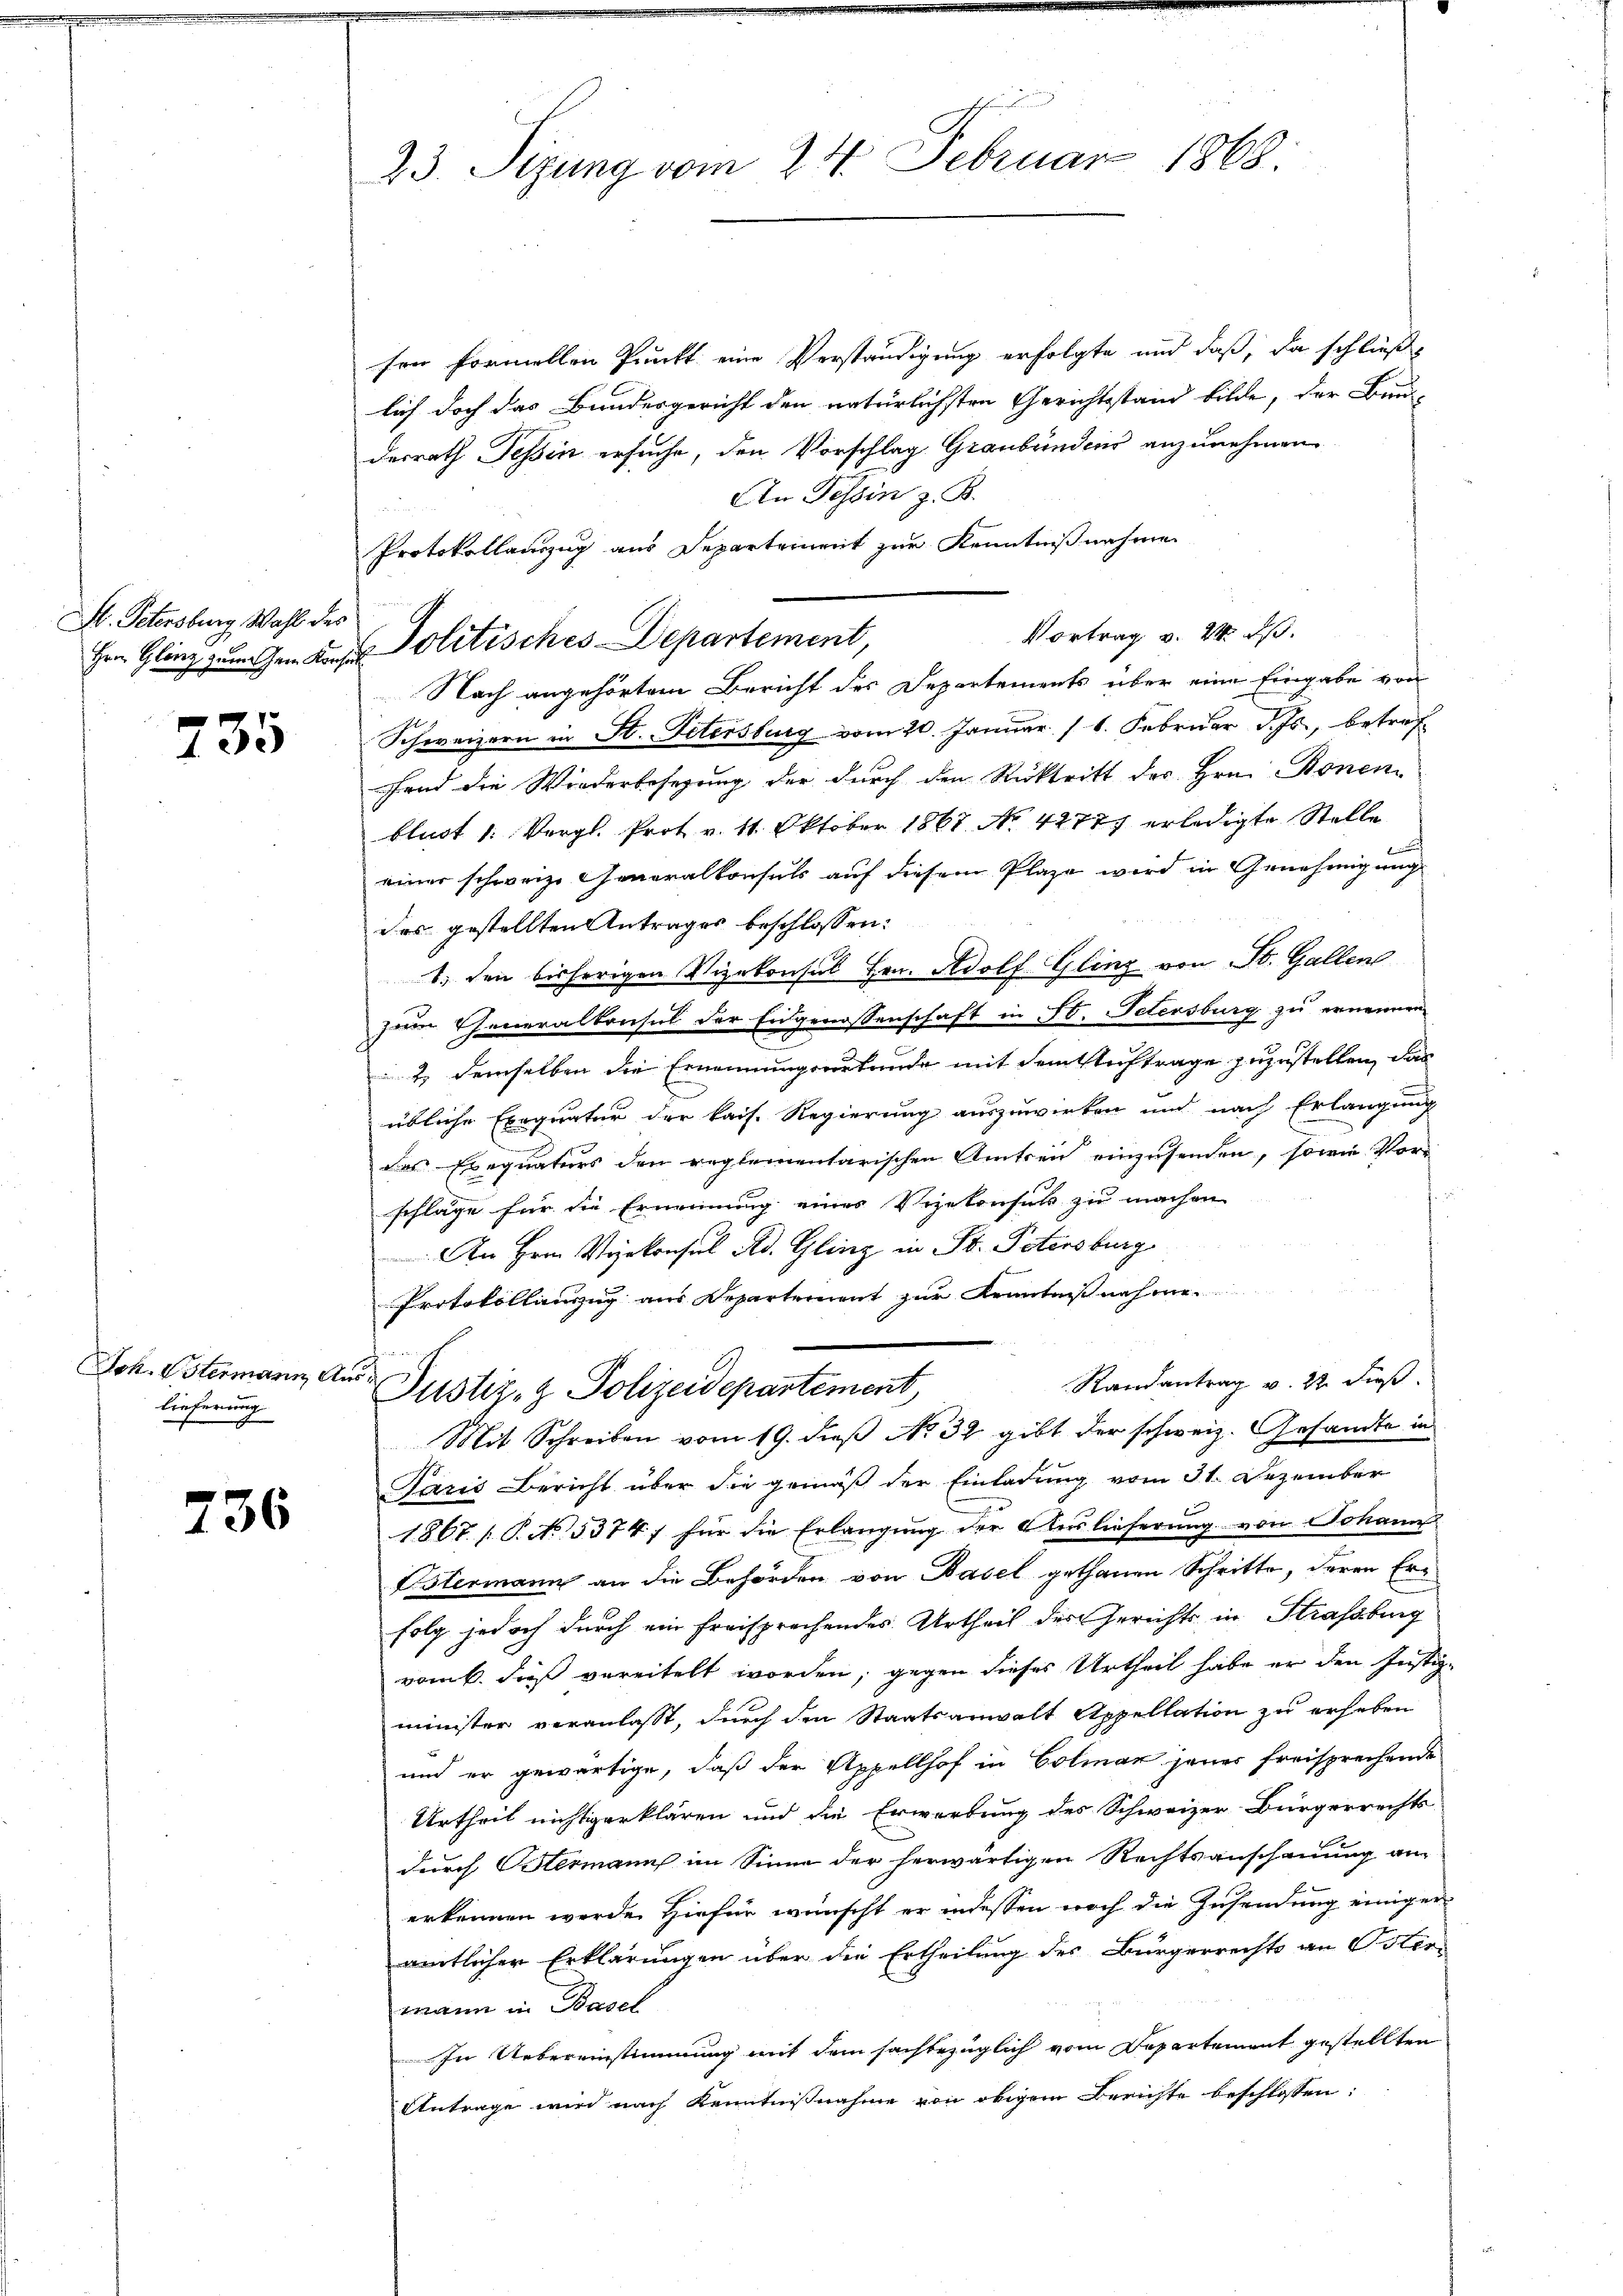
St. Petersburg, Wahl des

735

Joh. Ustermann a.
lieferung

236

23. Sizung vom 24. Februar 1868.

sen formellen Punkt eine Verständigung erfolgte und daß, da schließ
lich doch das Bundesgericht den natürlichsten Gerichtsstand bilde, der Bau
desrath Tessin ersuche, den Vorschlag Graubündens anzunehmen
An Tessin z. B.
Protokollanzug aus Departement zur Kenntnißnahme
Nach angehörtem Bericht des Departements über eine Eingabe von
Schweizern in St. Petersburg vom 20. Januar (1. Februar d. Js., betreffend die Wiederbesezung der durch den Rücktritt des Hrn. Bonon
blust 1. Vergl. Prot v. 11. Oktober 1867 No 4277 erledigte Stelle
einer schweiz. Generalkonsuls auf diesem Plaze wird in Genehmigung
des gestellten Antrages beschlossen:
1. den bisherigen Vizekonsul Hrn. Adolf Gling von St. Gallen
zum Generalkonsul der Eidgenossenschaft in St. Petersburg zu ernennen.
 2. demselben die Ernennungsurtende mit dem Auftrage zuzustellen, das
übliche Exequatur der kais. Regierung auszuwirken und nach Erlangung
des Exequaturs den reglementarischen Amtsein einzusenden, sowie Vor-
schläge für die Ernennung eines Vizekonsuls zu machen
An Hrn. Verkonsul Ad. Gling in St. Petersburg
Protokollumzug aus Departement zur Kenntniß nehme.
h
Randantrag v. 22. Fuß
Justiz- & Polizeidepartement,
Mit Schreiben vom 19. dieβ No 32 gibt der schweiz. Gesandte in
Paris Bericht über die gemäß der Einladung vom 31. Dezember
1867 (T. No. 5374; für die Erlangung der Auslieferung von Johann
Estermann an die Behörden von Basel gethanen Schritte, deren Erfolg jedoch durch ein freisprechendes Urtheil des Gerichts in Strassburg
vom 6. dieß vereitelt worden, gegen dieses Urtheil habe er den Justiz-
minister veranlasst, durch den Staatsanwalt Appellation zu erheben
und er gewärtige, daß der Appellhof in Colmar jener freisprechende
Urtheil nichtigerklären und die Erwartung des Schweizer Bürgerrechts
durch Ostermann im Sinne der herwärtigen Rechtsanschauung an
erkennen werde. Hiefür wünscht er indessen noch die Zusendung einiger
amtlicher Erklärungen über die Ertheilung des Bürgerrechts an Oster-
mann in Basel
In Uebereinstimmung mit dem sachbezüglich vom Departement gestellten
Antrage wird nach Kenntnisnahme von obigem Berichte beschlossen:

Hrn. Glanz zumachen der Politisches Departement,

Vortrag v. 24. ds.